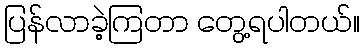
ပြန်လာခဲ့ကြတာ တွေ့ရပါတယ်။